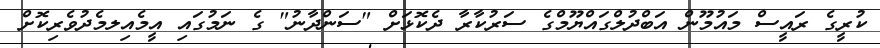
ކުރީގެ ރައީސް މައުމޫން އަބްދުލްގައްޔޫމްގެ ސަރުކާރާ ދެކޮޅަށް "ސަންދާނު" ގެ ނަމުގައި އީމެއިލމެދުވެރިކޮށް